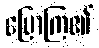
ပြောကြ၏